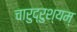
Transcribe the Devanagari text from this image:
चारुद्रुश्यम्